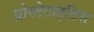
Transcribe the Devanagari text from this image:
प्रोस्टेटाइटिस